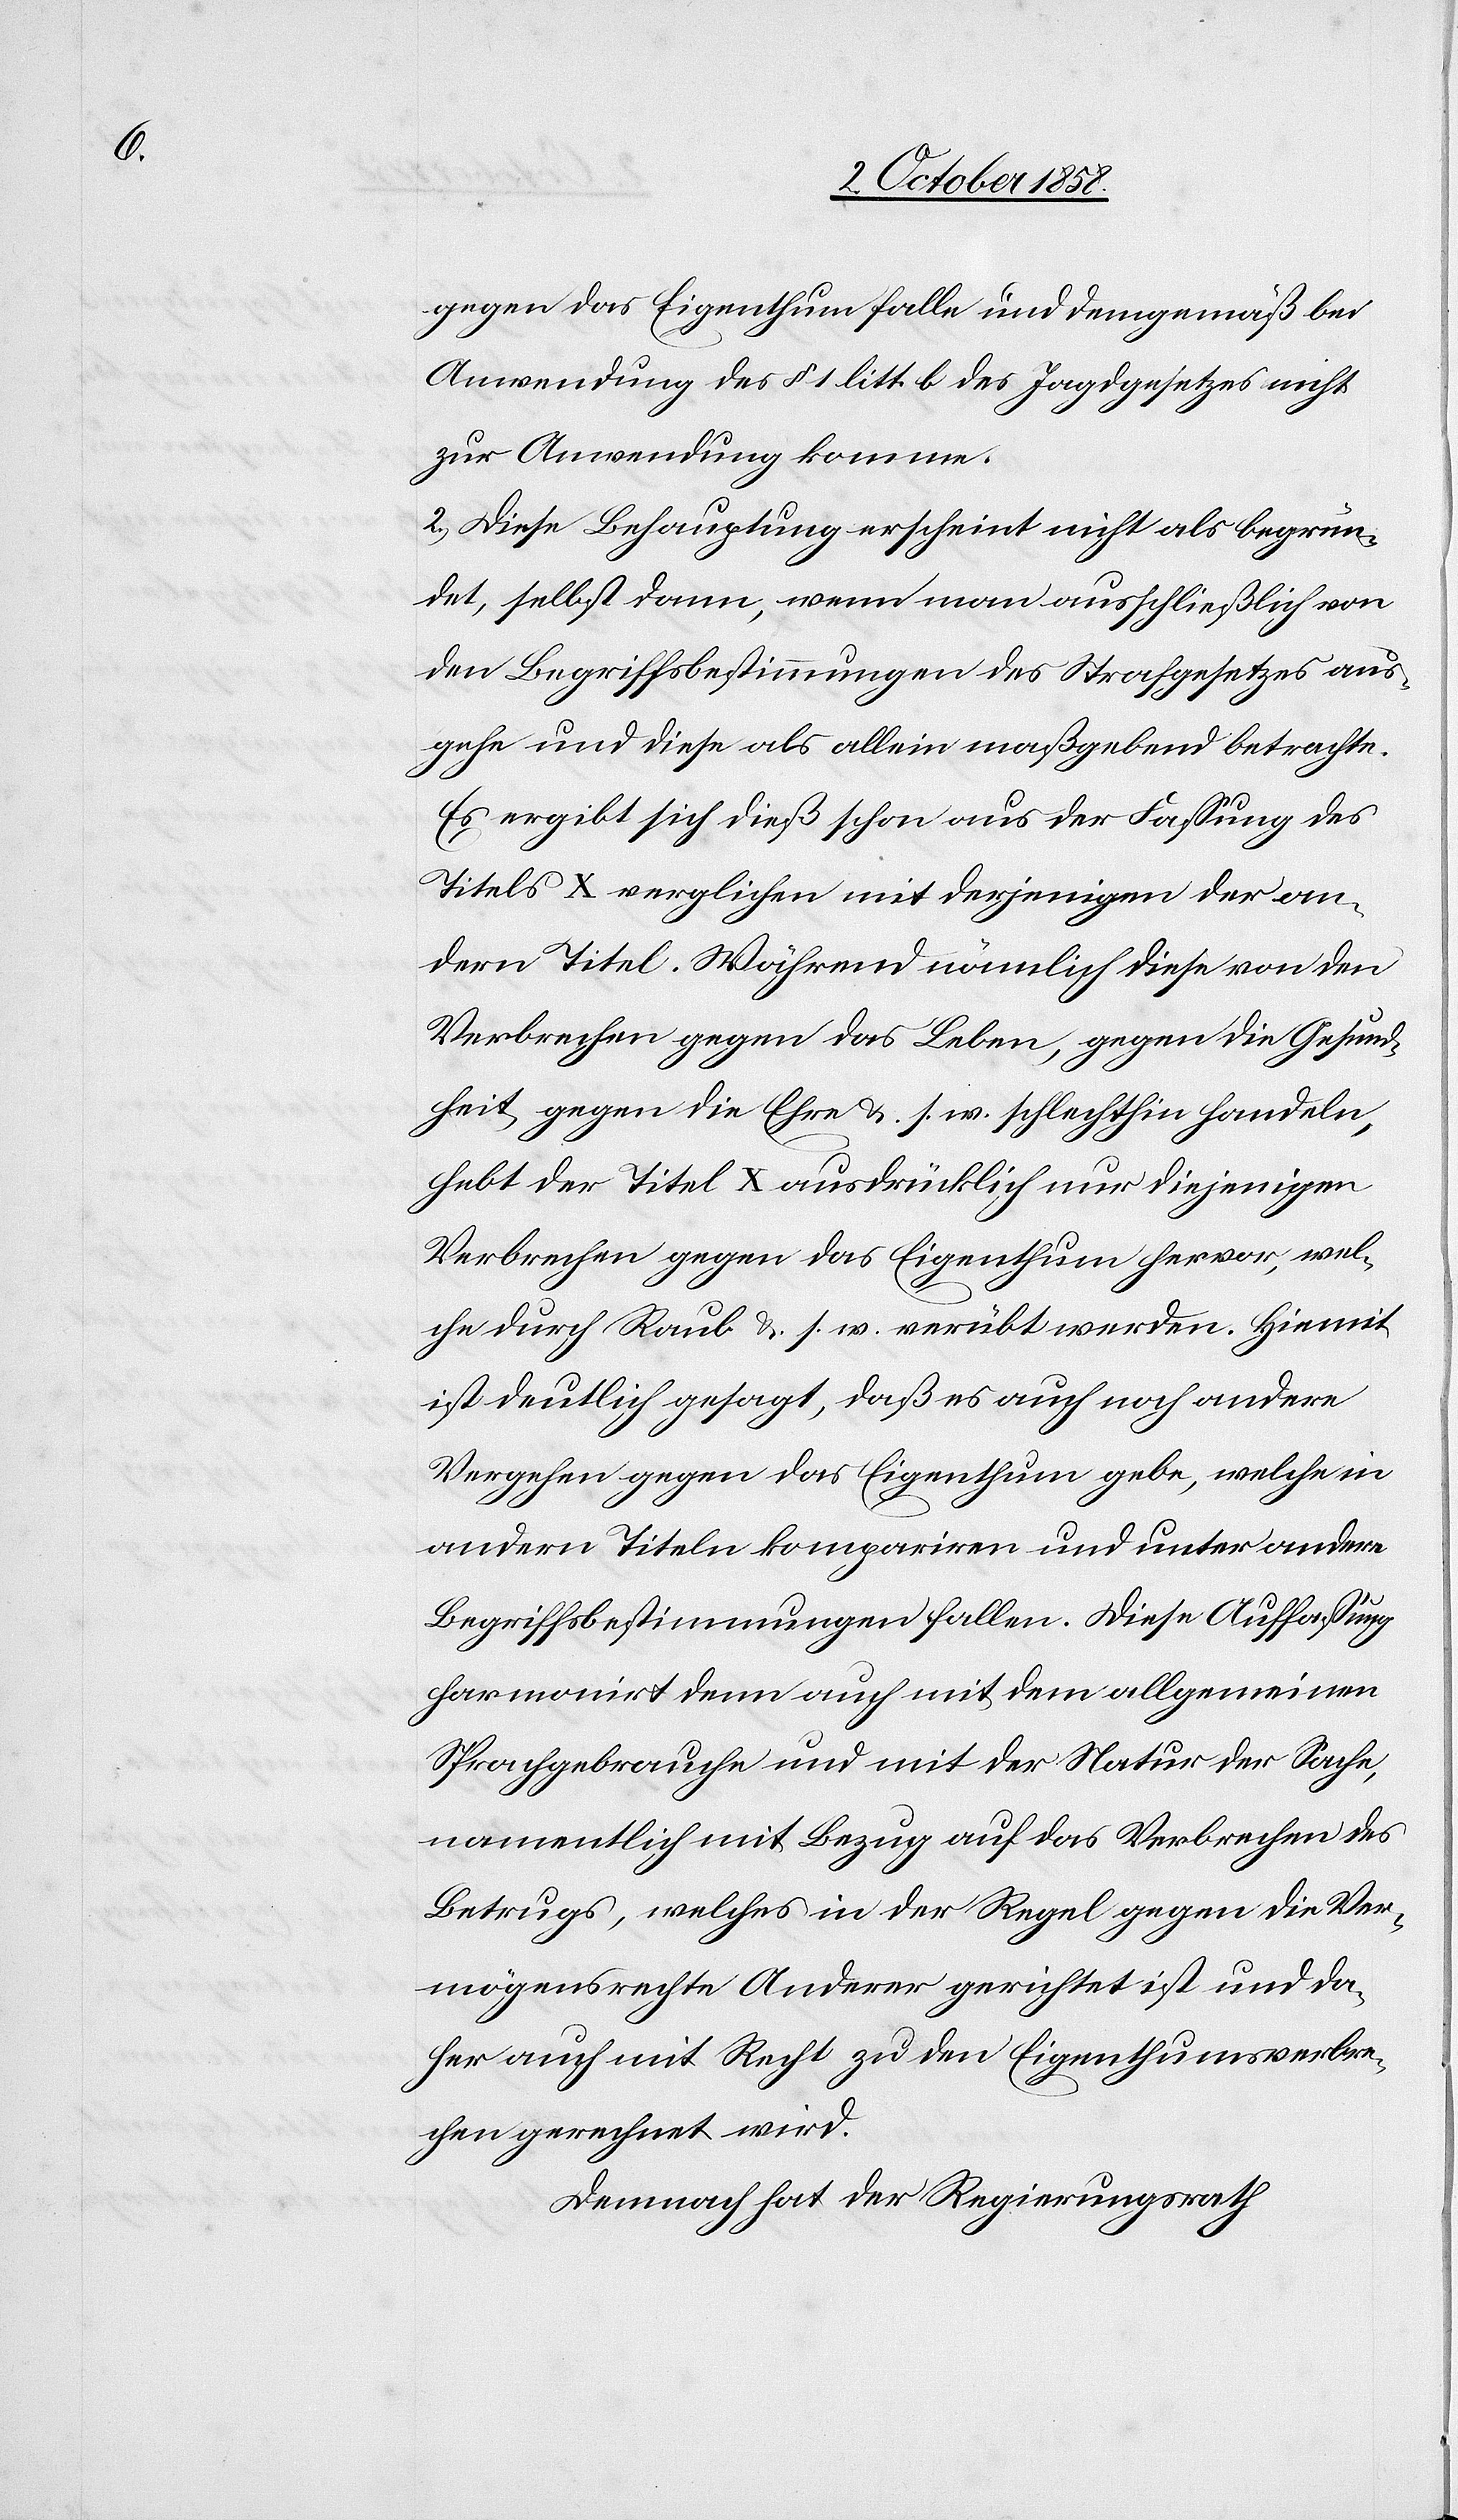
gegen das Eigenthum falle und demgemäß bei
Anwendung des § 1 litt. b des Jagdgesetzes nicht
zur Anwendung komme.
2.) Diese Behauptung erscheint nicht als begrün¬
det, selbst dann, wenn man ausschließlich von
den Begriffsbestimmungen des Strafgesetzes aus¬
gehe und diese als allein maßgebend betrachte.
Es ergibt sich dieß schon aus der Fassung des
Titels X verglichen mit derjenigen der an¬
dern Titel. Während nämlich diese von den
Verbrechen gegen das Leben, gegen die Gesund¬
heit, gegen die Ehre &. s. w. schlechthin handeln,
hebt der Titel X ausdrücklich nur diejenigen
Verbrechen gegen das Eigenthum hervor, wel¬
che durch Raub &. s. w. verübt werden. Hiemit
ist deutlich gesagt, daß es auch noch andere
Vergehen gegen das Eigenthum gebe, welche in
andern Titeln kompariren und unter andere
Begriffsbestimmungen fallen. Diese Auffaßung
harmonirt denn auch mit dem allgemeinen
Sprachgebrauche und mit der Natur der Sache,
namentlich mit Bezug auf das Verbrechen des
Betrugs, welches in der Regel gegen die Ver¬
mögensrechte Anderer gerichtet ist und da¬
her auch mit Recht zu den Eigenthumsverbre¬
chen gerechnet wird.
Demnach hat der Regierungsrath